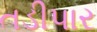
તડીપાર